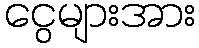
ငွေများအား